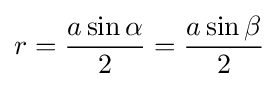
r={\frac {a\sin \alpha }{2}}={\frac {a\sin \beta }{2}}